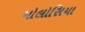
મોલોસિયા